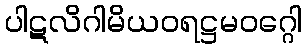
ပါဋလိဂါမိယဝရဋ္ဌမဝဂ္ဂေါ